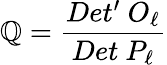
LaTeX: \mathbb{Q}={\frac{{Det^{\prime}\ O_{\ell}}}{{Det\ P_{\ell}}}}